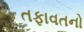
તફાવતનો